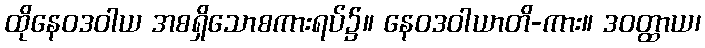
ထိုနေဝဒဝါယ အစရှိသောစကားရပ်၌။ နေဝဒဝါယာတိ-ကား။ ဒဝတ္ထာယ၊